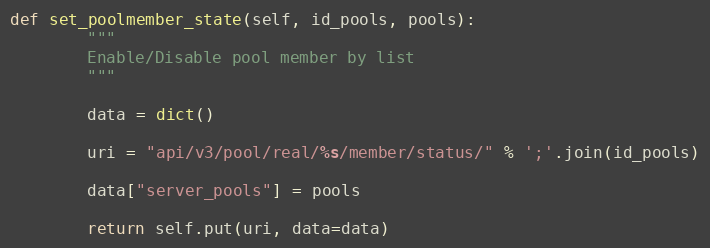
Language: Python
def set_poolmember_state(self, id_pools, pools):
        """
        Enable/Disable pool member by list
        """

        data = dict()

        uri = "api/v3/pool/real/%s/member/status/" % ';'.join(id_pools)

        data["server_pools"] = pools

        return self.put(uri, data=data)